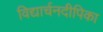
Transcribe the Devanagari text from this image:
विद्यार्चनदीपिका